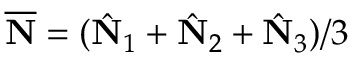
\overline { { \bf N } } = ( \hat { \bf N } _ { 1 } + \hat { \bf N } _ { 2 } + \hat { \bf N } _ { 3 } ) / 3